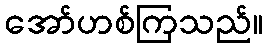
အော်ဟစ်ကြသည်။